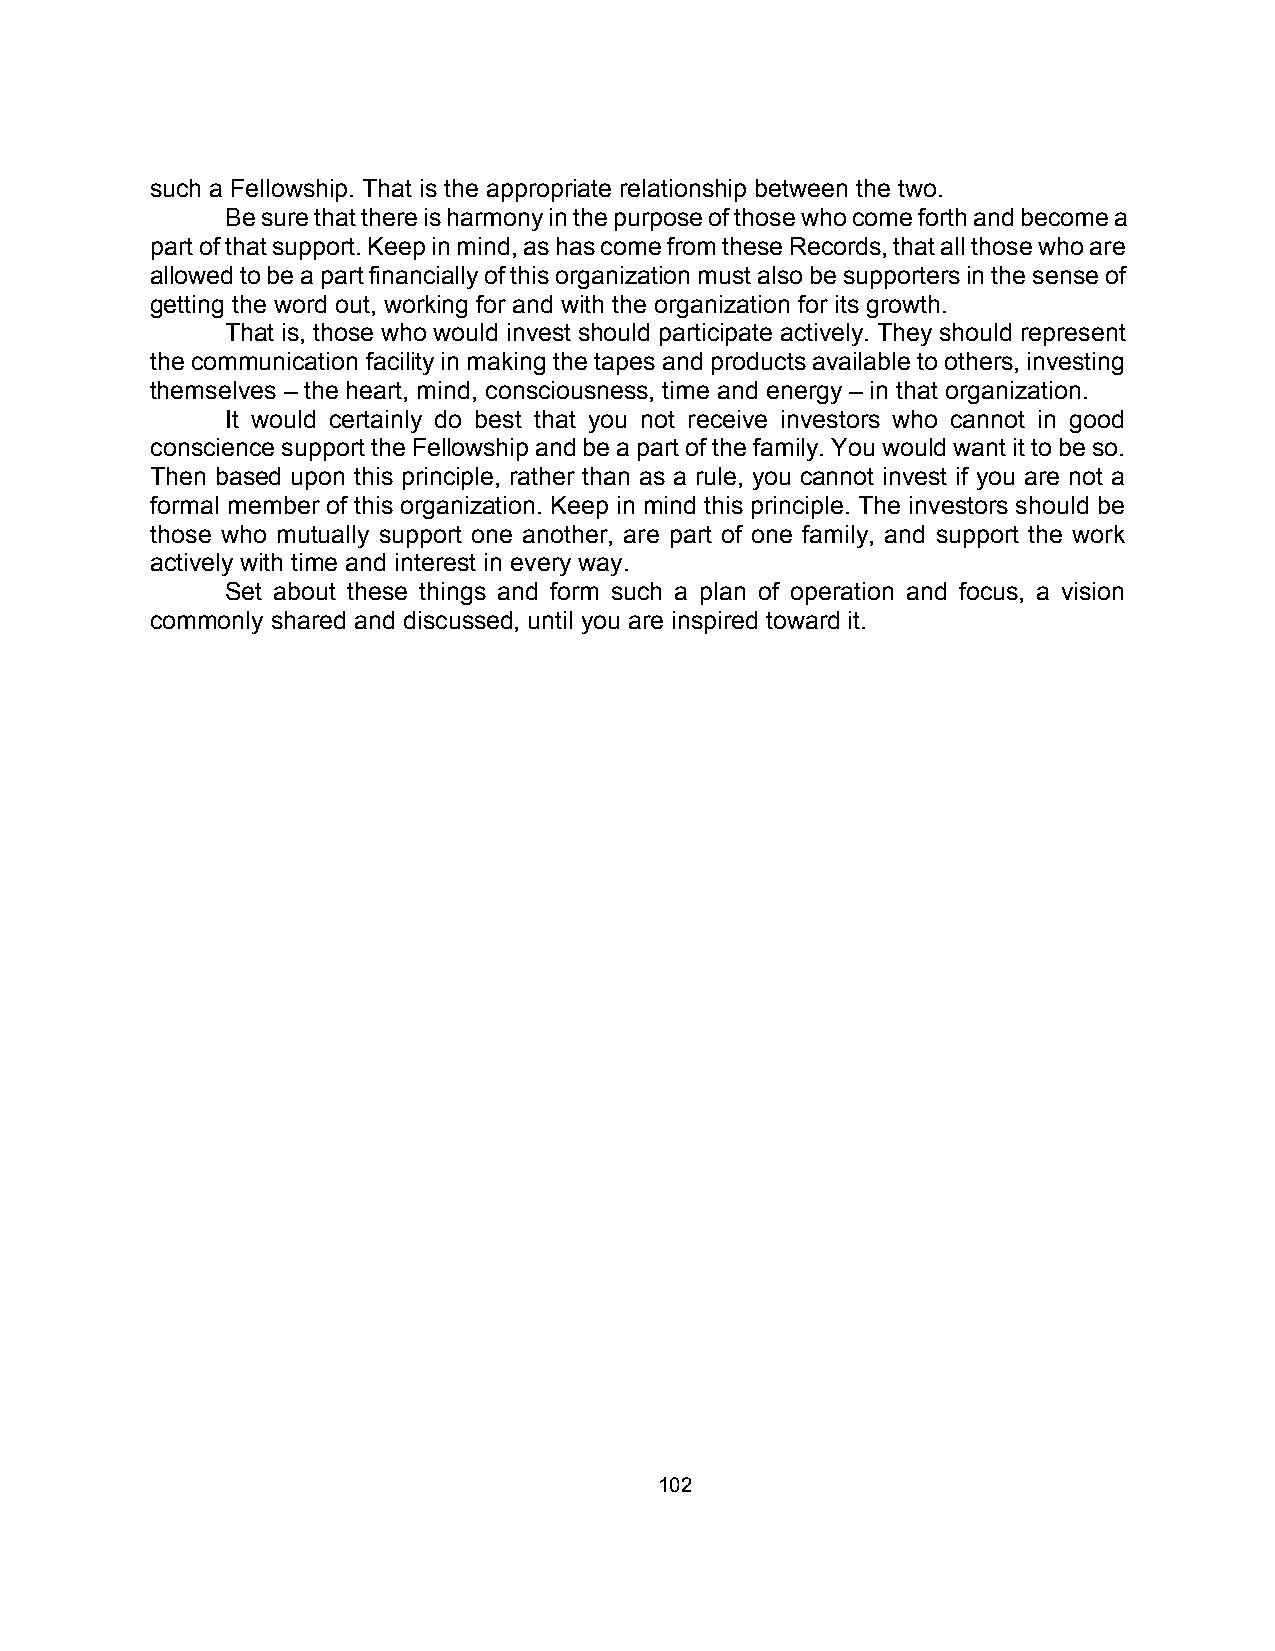
such a Fellowship. That is the appropriate relationship between the two.
 Be sure that there is harmony in the purpose of those who come forth and become a
 part of that support. Keep in mind, as has come from these Records, that all those who are
 allowed to be a part financially of this organization must also be supporters in the sense of
 getting the word out, working for and with the organization for its growth.
 That is, those who would invest should participate actively. They should represent
 the communication facility in making the tapes and products available to others, investing
 themselves – the heart, mind, consciousness, time and energy – in that organization.
 It would certainly do best that you not receive investors who cannot in good
 conscience support the Fellowship and be a part of the family. You would want it to be so.
 Then based upon this principle, rather than as a rule, you cannot invest if you are not a
 formal member of this organization. Keep in mind this principle. The investors should be
 those who mutually support one another, are part of one family, and support the work
 actively with time and interest in every way.
 Set about these things and form such a plan of operation and focus, a vision
 commonly shared and discussed, until you are inspired toward it.
 102